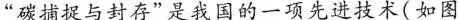
”碳捕捉与封存”是我国的一项先进技术(如图